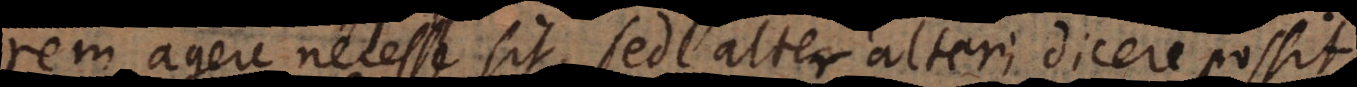
rem agere necesse sit, sed alter alteri dicere possit: